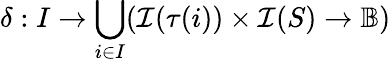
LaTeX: \delta:I\rightarrow\bigcup_{i\in I}(\mathcal{I}(\tau(i))\times\mathcal{I}(S)\rightarrow\mathbb{B})